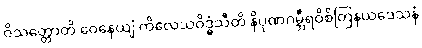
ဝိသတ္တောတိ ဝေနေယျံ ကိလေသဝိဒ္ဓံသီတိ နိပုဏဂမ္ဘီရဝိစိတြနယဒေသနံ